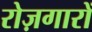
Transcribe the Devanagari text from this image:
रोज़गारों